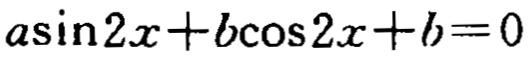
\(a\sin 2x + b\cos 2x + b = 0\)